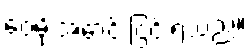
ဝေမိုးအောင် ငြင်းရသည်။